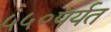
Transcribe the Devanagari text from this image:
५५०पर्यत